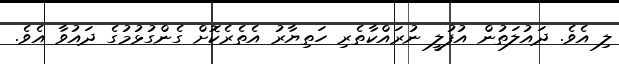
ލި އެވެ. ދައުލަތުން އުފުލީ ނުރައްކާތެރި ހަތިޔާރު އެތެރެކޮށް ގެންގުޅުމުގެ ދައުވާ އެވެ.